Lunatic asylums in Bengal annual reports 1888-1898 - 1888-1898
Year: 1888
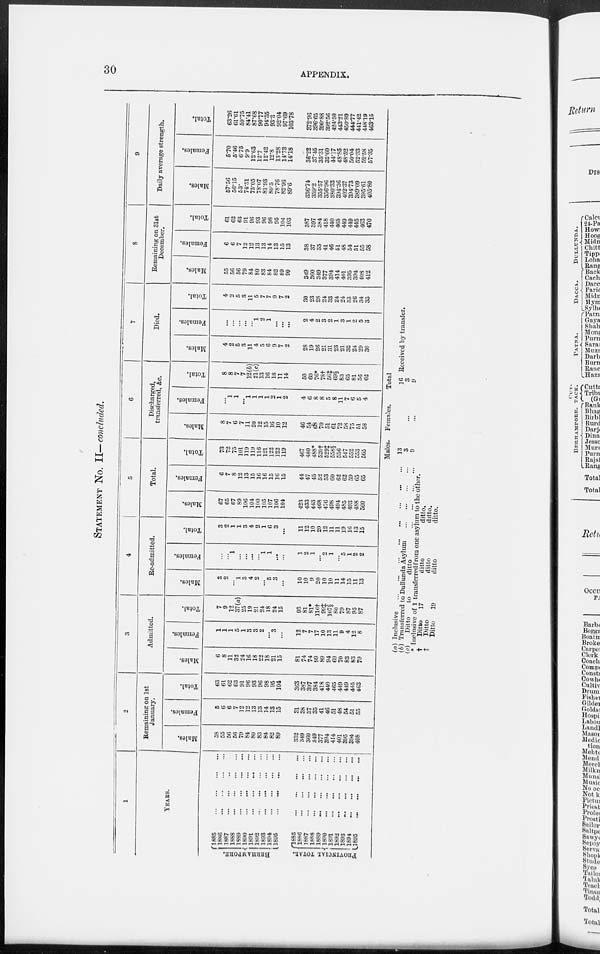
30
APPENDIX.
STATEMENT NO. II— concluded.
BERHAMPORE.
PROVINCIAL TOTAL.
1
YEARS.
1885
1886
1887
...
...
1888
1S89
1890
1891
1892
1893
1894
1895
...
...
...
...
l885
1886
1887
1888
1889 ... ... ... ...
1890
1891
1892 ... ... ... ...
1893 ... ... ... ...
1894
1895 ... ... ... ...
2
Remaining on 1st
January.
Males.
58
55
56
56
79
84
80
S3
84
82
89
332
349
360
349
377
394
414
401
895
894
408
Females.
5
6
6
7
12
12
13
13
14
13
15
31
38
37
35
41
46
51
48
54
51
55
Total.
63
61
62
63
91
96
93
96
98
95
104
363
387
397
384
418
440
465
449
449
445
4G3
3
Admitted.
Males.
6
8
11
32
24
16
18
22
18
21
15
81
74
74
99
89
94
69
70
83
83
79
Females.
1
1
1
5
1
3
3
2
...
3
...
12
7
7
17
10
13
11
9
4
12
8
Total.
7
9
12
37(a)
25
19
21
24
18
24
15
93
81
81*
116†
99‡
107§
80
79
87
95
87
4
Re-admitted.
Males.
3
2
...
1
3
4
2
5
3
...
10
10
9
20
10
10
11
14
15
11
13
Females.
...
...
1
...
...
...
...
1
1
...
...
1
2
1
...
2
1
...
5
1
2
2
Total.
3
2
1
1
3
4
2
1
6
3
...
11
12
10
20
12
11
11
19
16
13
15
5
Total.
Males.
67
65
67
89
106
104
100
105
107
106
104
423
433
443
468
476
498
494
485
493
488
500
Females.
6
7
8
12
13
15
16
16
15
16
15
44
47
45
52
53
60
62
62
59
65
65
Total.
73
72
75
101
119
119
116
121
122
122
119
467
480
488*
520t
529‡
558§
556
547
552
553
565
6
Discharged,
transferred, &c.
Males.
8
7
6
7
11
20
12
15
16
10
12
46
54
68 70
51
61
72
58
75
51
58
Females.
...
1
1
...
1
1
1
1
2
1
2
4
6
8
8
5
8
11
7
6
5
4
Total.
8
8
7
7
12(b)
21(c)
13
16
18
11
14
50
60
76*
78t
56‡
69§
83
65
81
56
62
7
Died.
Males.
4
2
5
3
11
4
5
6
9
7
2
28
19
26
21
31
23
21
32
24
29
30
Females.
...
...
...
...
...
1
2
1
...
...
...
2
4
2
3
2
1
3
1
2
5
3
Total.
4
2
5
3
11
5
7
7
9
7
2
30
23
28
24
33
24
24
S3
26
34
33
8
Remaining on 31st
December.
Males.
55
56
56
79
84
80
83
84
82
89
90
349
360
349
377
394
414
401
395
394
408
412
Females.
6
6
7
12
12
13
13
14
13
15
13
38
37
35
41
46
51
48
54
51
55
58
Total.
61
62
63
91
96
93
96
98
95
104
103
387
397
3S4
418
440
465
449
449
445
463
470
9
Daily average strength.
Males.
57.56
56.15
53.
74.51
75.05
78.07
81.93
80.5
78.76
82.96
89.6
336.74
359.2
355.57
356.96
380.33
394.36
402.37
394.73
389.09
395.61
405.80
Females.
5.70
5.46
6.75
9.9
12.63
12.7
12.42
12.8
13.28
14.73
14.18
36.22
37.45
35.31
35.60
44.17
48.85
48.52
50.04
52.33
52.58
57.35
Total.
63.26
61.61
59.75
84.41
87.68
90.77
94.35
93.3
92.04
97.69
103.78
372.96
396.65
390.88
392.56
424.50
443.21
450.89
444.77
441.42
44819
463.15
(a) Inclusive
(b) Transferred to Dullunda Asylum
(c)
Ditto
to
ditto
* Inclusive of 1 transferred from one asylum to the other.
†
Ditto
17
ditto
ditto.
‡
Ditto
ditto
ditto.
Ditto
19
ditto
ditto.
Males.
13
3
9
Females.
...
...
Total
16 Received by transfer.
3
9